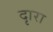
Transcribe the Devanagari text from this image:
दृारा